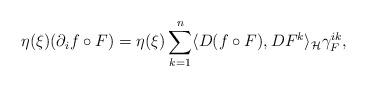
LaTeX: \begin{align*} \eta(\xi)(\partial_i f\circ F) =\eta(\xi)\sum_{k=1}^n \langle D(f\circ F),DF^k\rangle_{{\mathcal H}} \gamma_F^{ik},\end{align*}